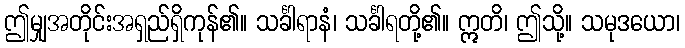
ဤမျှအတိုင်းအရှည်ရှိကုန်၏။ သင်္ခါရာနံ၊ သင်္ခါရတို့၏။ ဣတိ၊ ဤသို့။ သမုဒယော၊